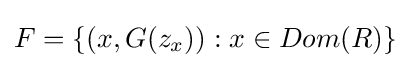
F=\{(x,G(z_{x})):x\in Dom(R)\}